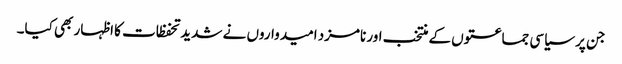
جن پر سیاسی جماعتوں کے منتخب اور نامزد امیدواروں نے شدید تحفظات کا اظہار بھی کیا۔